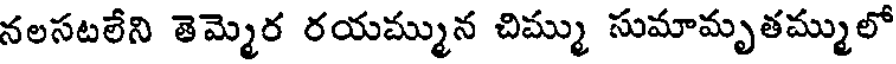
నలసటలేని తెమ్మెర రయమ్మున చిమ్ము సుమామృతమ్ములో